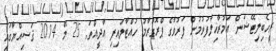
ރީހެބިލިޓޭޝަން އަމުރާޚިލާފުވުމުން ފަރުވާގެ ޕްރޮގްރާމު ހުއްޓާލައިފި އާދީއްތަ